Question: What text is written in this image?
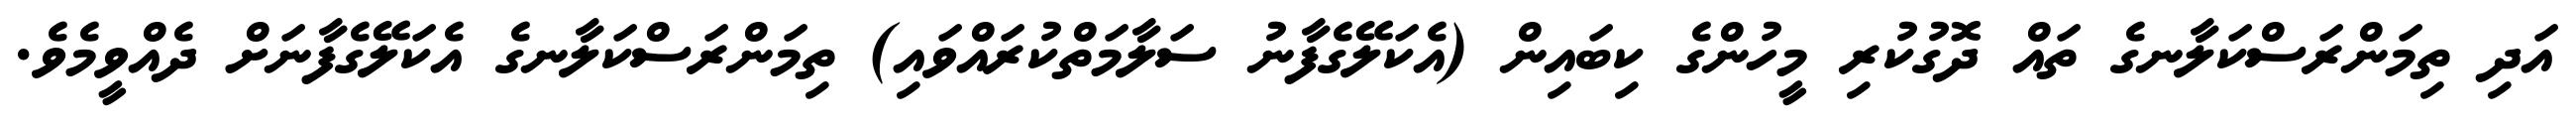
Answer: އަދި ތިމަންރަސްކަލާނގެ ތައް ދޮގުކުރި މީހުންގެ ކިބައިން (އެކަލޭގެފާނު ސަލާމަތްކުރައްވައި) ތިމަންރަސްކަލާނގެ އެކަލޭގެފާނަށް ދެއްވީމެވެ.